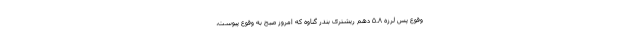
وقوع پس لرزه ۵.۸ دهم ریشتری بندر گناوه که امروز صبح به وقوع پیوست،